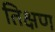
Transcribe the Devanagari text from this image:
तिक्षण